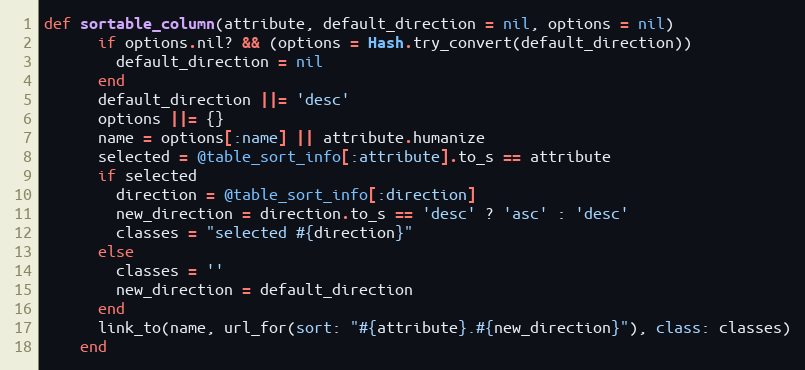
Language: Ruby
def sortable_column(attribute, default_direction = nil, options = nil)
      if options.nil? && (options = Hash.try_convert(default_direction))
        default_direction = nil
      end
      default_direction ||= 'desc'
      options ||= {}
      name = options[:name] || attribute.humanize
      selected = @table_sort_info[:attribute].to_s == attribute
      if selected
        direction = @table_sort_info[:direction]
        new_direction = direction.to_s == 'desc' ? 'asc' : 'desc'
        classes = "selected #{direction}"
      else
        classes = ''
        new_direction = default_direction
      end
      link_to(name, url_for(sort: "#{attribute}.#{new_direction}"), class: classes)
    end